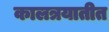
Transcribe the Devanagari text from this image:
कालत्रयातीत